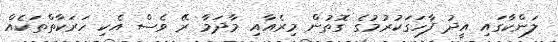
ލަންކާގައި އީދު ފާހަގަކުރުމުގެ ގޮތުން މިރެއާއި މާދަމާ ރޭ ވެސް އެކި ހަރަކާތްތަކެއް